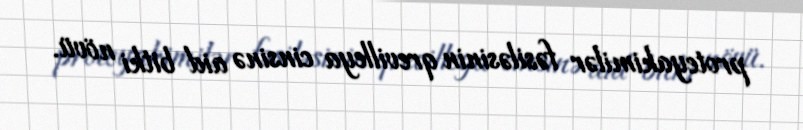
proteyakimilər fəsiləsinin qrevilleya cinsinə aid bitki növü.